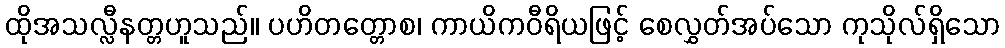
ထိုအသလ္လီနတ္တဟူသည်။ ပဟိတတ္တောစ၊ ကာယိကဝီရိယဖြင့် စေလွှတ်အပ်သော ကုသိုလ်ရှိသော